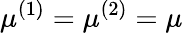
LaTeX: \mu^{(1)}=\mu^{(2)}=\mu